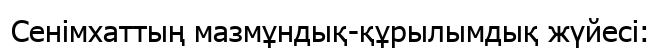
Сенімхаттың мазмұндық-құрылымдық жүйесі: